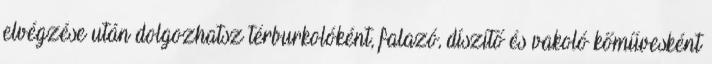
elvégzése után dolgozhatsz térburkolóként, falazó, díszítő és vakoló kőművesként